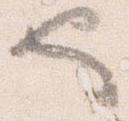
也